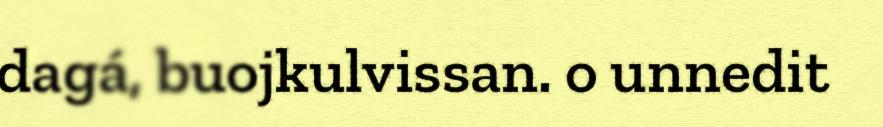
dagá, buojkulvissan. o unnedit